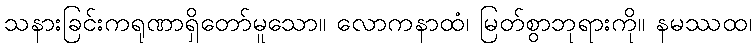
သနားခြင်းကရုဏာရှိတော်မူသော။ လောကနာထံ၊ မြတ်စွာဘုရားကို။ နမဿထ၊